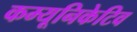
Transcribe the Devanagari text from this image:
कम्यूनिकेटिव